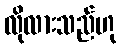
လိုလားသည်ဟု